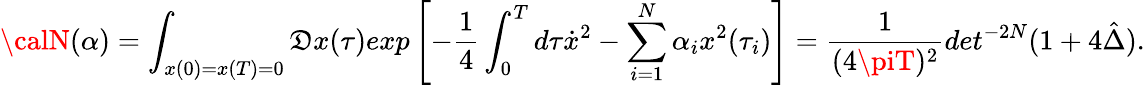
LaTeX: {\calN}(\alpha)=\int_{x(0)=x(T)=0}{\cal\mathfrak{D}}x(\tau)exp\left[-{\frac{{1}}{{4}}}\int_{0}^{T}d\tau\dot{{x}}^{2}-\sum_{i=1}^{N}\alpha_{i}x^{2}(\tau_{i})\right]={\frac{{1}}{{(4\piT)^{2}}}}det^{-2N}(1+4\hat{{\Delta}}).